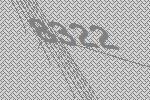
8322